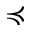
\preccurlyeq